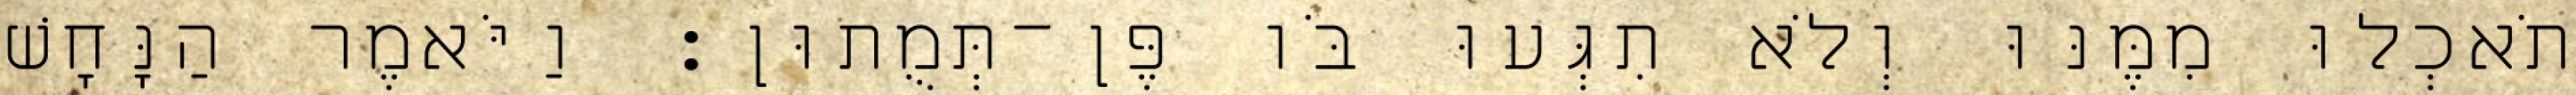
תֹאכְלוּ מִמֶּנּוּ וְלֹא תִגְּעוּ בֹּו פֶּן־תְּמֻתוּן׃ וַיֹּאמֶר הַנָּחָשׁ